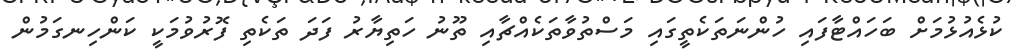
ކުޅެއުޅުމަށް ބަހައްޓާފައި ހުންނަތަކެތީގައި މަސްތުވާތަކެއްޗާއި ތޫނު ހަތިޔާރު ފަދަ ތަކެތި ފޮރުވުމަކީ ކަންހިނގަމުން